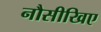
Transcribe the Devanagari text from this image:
नौसीखिए